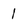
Character: 1